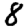
Digit: 8